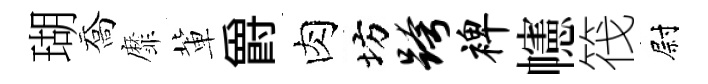
瑚喬靡軰爵肉坊跨裨幰筏尉